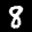
Label: 8